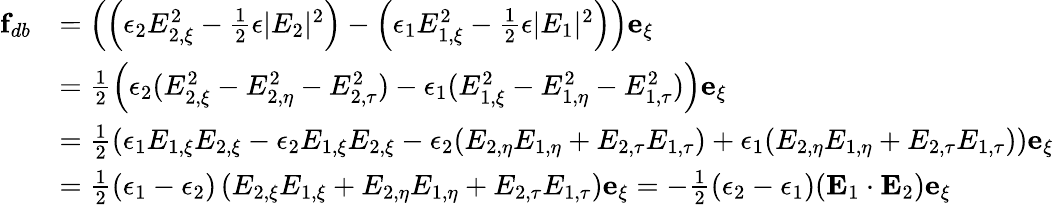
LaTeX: \begin{array}{rl}{\mathbf{f}_{db}}&{=\left(\left(\epsilon_{2}E_{2,\xi}^{2}-\frac{1}{2}\epsilon|E_{2}|^{2}\right)-\left(\epsilon_{1}E_{1,\xi}^{2}-\frac{1}{2}\epsilon|E_{1}|^{2}\right)\right)\mathbf{e}_{\xi}}\\ &{=\frac{1}{2}\left(\epsilon_{2}(E_{2,\xi}^{2}-E_{2,\eta}^{2}-E_{2,\tau}^{2})-\epsilon_{1}(E_{1,\xi}^{2}-E_{1,\eta}^{2}-E_{1,\tau}^{2})\right)\mathbf{e}_{\xi}}\\ &{=\frac{1}{2}\left(\epsilon_{1}E_{1,\xi}E_{2,\xi}-\epsilon_{2}E_{1,\xi}E_{2,\xi}-\epsilon_{2}(E_{2,\eta}E_{1,\eta}+E_{2,\tau}E_{1,\tau})+\epsilon_{1}(E_{2,\eta}E_{1,\eta}+E_{2,\tau}E_{1,\tau})\right)\mathbf{e}_{\xi}}\\ &{=\frac{1}{2}(\epsilon_{1}-\epsilon_{2})\left(E_{2,\xi}E_{1,\xi}+E_{2,\eta}E_{1,\eta}+E_{2,\tau}E_{1,\tau}\right)\mathbf{e}_{\xi}=-\frac{1}{2}(\epsilon_{2}-\epsilon_{1})(\mathbf{E}_{1}\cdot\mathbf{E}_{2})\mathbf{e}_{\xi}}\end{array}